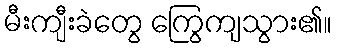
မီးကျီးခဲတွေ ကြွေကျသွား၏။